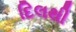
દિલથી